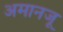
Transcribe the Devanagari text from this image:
अमानजू